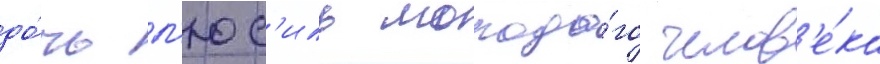
до́чь л'юс'иль молодо́го челов'е́ка